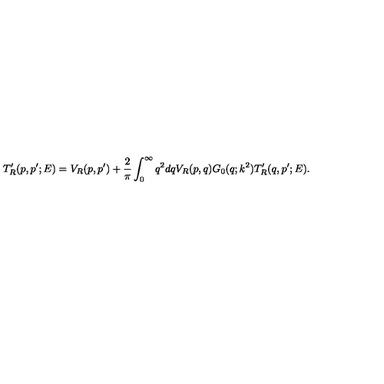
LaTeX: T _ { R } ^ { \prime } ( p , p ^ { \prime } ; E ) = V _ { R } ( p , p ^ { \prime } ) + \frac 2 \pi \int _ { 0 } ^ { \infty } { q ^ { 2 } d q { V _ { R } ( p , q ) } G _ { 0 } ( q ; k ^ { 2 } ) T _ { R } ^ { \prime } ( q , p ^ { \prime } ; E ) } .